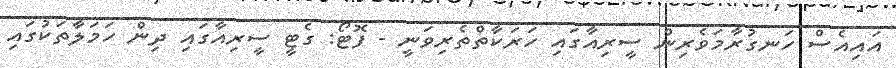
އައިއެސް ހަނގުރާމަވެރިން ސީރިއާގައި ހަރަކާތްތެރިވަނީ - ފޮޓޯ: ގެޓީ ސީރިއާގައި ދިން ހަމަލާތަކުގައި